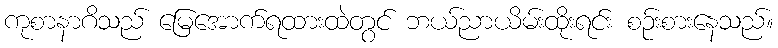
ကုစာနာဂိသည် မြေအောက်ရထားထဲတွင် ဘယ်ညာယိမ်းထိုးရင်း စဉ်းစားနေသည်။